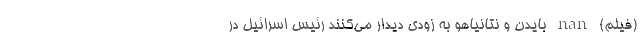
(فیلم) nan بایدن و نتانیاهو به زودی دیدار می‌کنند رئیس اسرائیل در